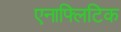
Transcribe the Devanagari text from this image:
एनाफ्लिटिक